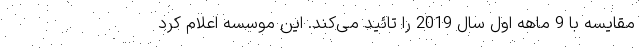
مقایسه با 9 ماهه اول سال 2019 را تائید می‌کند. این موسسه اعلام کرد